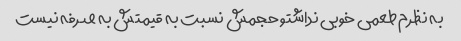
به نظرم طعمی خوبی نداشتو حجمش نسبت به قیمتش به صرفه نیست